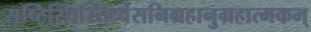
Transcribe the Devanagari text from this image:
सृष्टिस्थिस्तिध्वंसनिग्रहानुग्रहात्मकम्